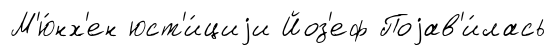
М'ю́нх'ен юст'и́циjи Йоз'еф Поjав'и́лась